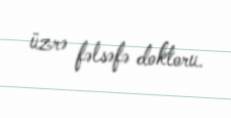
üzrə fəlsəfə doktoru.